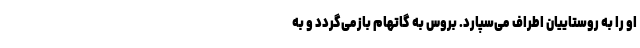
او را به روستاییان اطراف می‌سپارد. بروس به گاتهام بازمی‌گردد و به